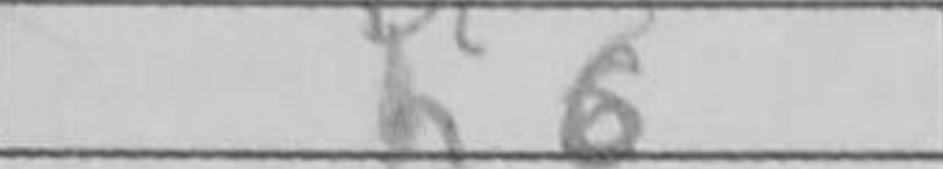
Transcription: h6